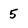
Character: 5